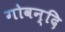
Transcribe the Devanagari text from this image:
गोवन्दि